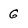
Character: G